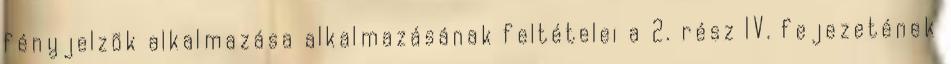
fényjelzõk alkalmazása alkalmazásának feltételei a 2. rész IV. fejezetének